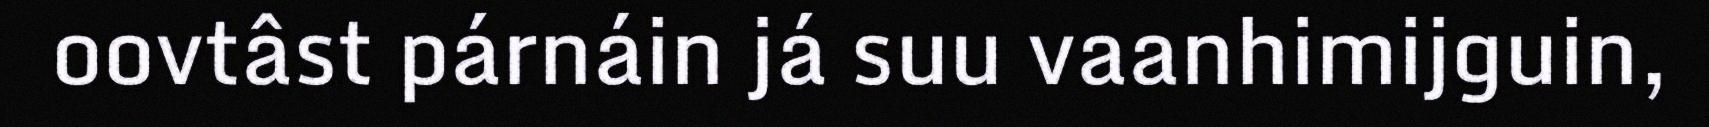
oovtâst párnáin já suu vaanhimijguin,